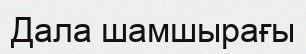
Дала шамшырағы